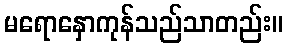
မရောနှောကုန်သည်သာတည်း။